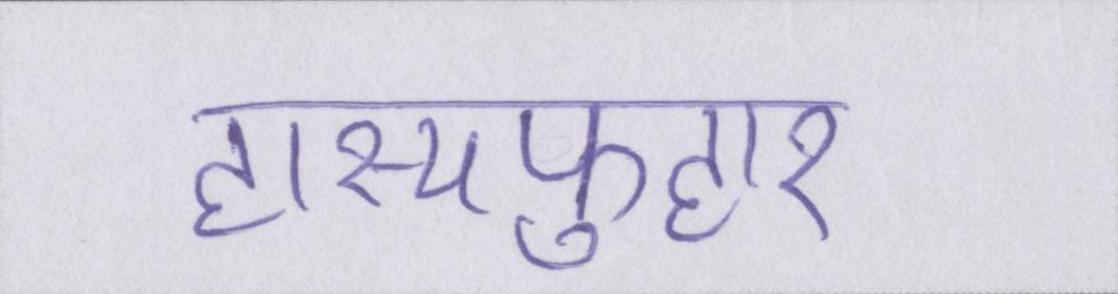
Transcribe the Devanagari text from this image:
हास्यफुहार